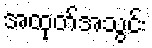
အထုတ်အသွင်း